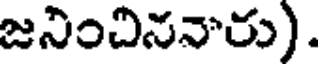
జనించిననారు).